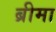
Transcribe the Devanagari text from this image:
ब्रीमा